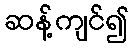
ဆန့်ကျင်၍